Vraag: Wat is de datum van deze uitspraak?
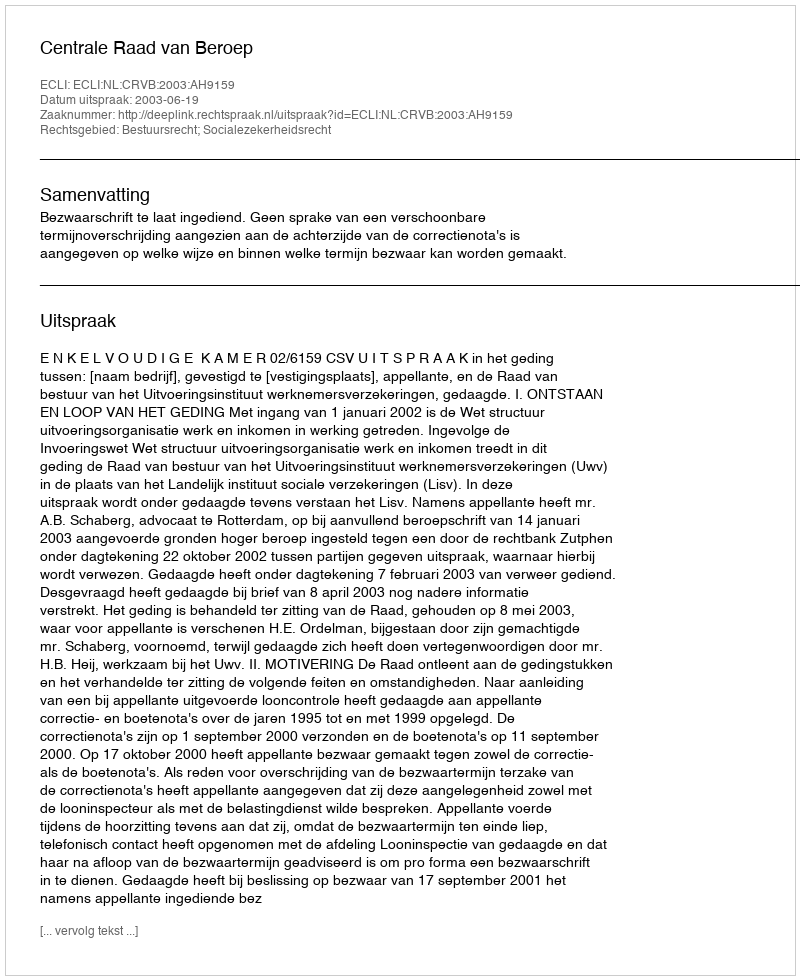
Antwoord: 2003-06-19